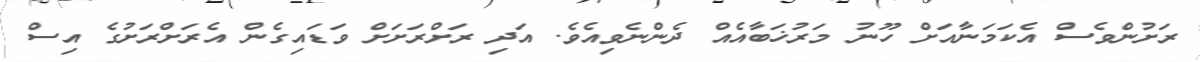
ރަށުންވެސް އެކަމަނާއަށް ހޫނު މަރުޚަބާއެއް ދެންނެވިއެވެ. އަދި ރަށްރަށަށް ވަޑައިގެން އެރަށްރަށުގެ އިސް